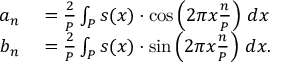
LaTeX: \begin{array} { r l } { a _ { n } } & { { } = { \frac { 2 } { P } } \int _ { P } s ( x ) \cdot \cos \left( 2 \pi x { \frac { n } { P } } \right) \, d x } \\ { b _ { n } } & { { } = { \frac { 2 } { P } } \int _ { P } s ( x ) \cdot \sin \left( 2 \pi x { \frac { n } { P } } \right) \, d x . } \end{array}